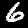
Label: 6